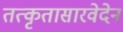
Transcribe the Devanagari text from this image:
तत्कृतासारवेदेन